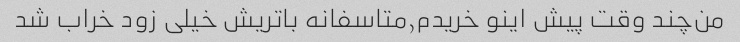
من‌چند وقت پیش اینو خریدم٫متاسفانه باتریش خیلی زود خراب شد